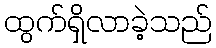
ထွက်ရှိလာခဲ့သည်